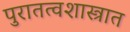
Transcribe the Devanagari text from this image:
पुरातत्वशास्त्रात